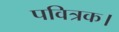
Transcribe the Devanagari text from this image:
पवित्रक।